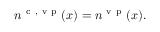
\begin{array} { r } { n ^ { \ensuremath { \mathrm { ~ c ~ } } , \ensuremath { \mathrm { ~ v ~ p ~ } } } ( x ) = n ^ { \ensuremath { \mathrm { ~ v ~ p ~ } } } ( x ) . } \end{array}